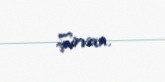
Şirvan.